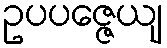
ဥပပဇ္ဇေယျ